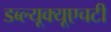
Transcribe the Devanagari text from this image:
डब्ल्यूक्यूएचटी